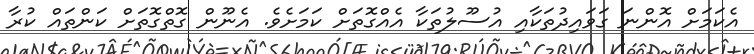
އެކަމަށް އޮންނަ ގަވައިދުތަކާއި އުސޫލުތަކާ އެއްގޮތަށް ކަަމަށެވެ. އެނޫން ގޮތްގޮތަށް ކަންތައް ކުރާ